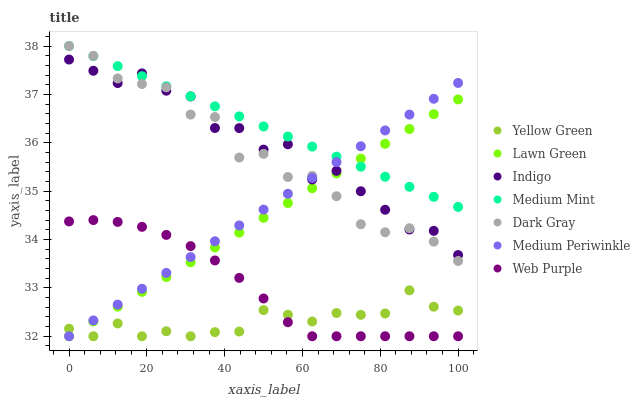
| xaxis_label | Yellow Green | Lawn Green | Indigo | Medium Mint | Dark Gray | Medium Periwinkle | Web Purple |
 | --- | --- | --- | --- | --- | --- | --- | --- |
 | 0 | 32.2 | 32 | 37.7 | 38 | 38 | 32 | 34.4 |
 | 6.25 | 32 | 32.3 | 37.5 | 37.8 | 37.8 | 32.3 | 34.4 |
 | 12.5 | 32.3 | 32.6 | 37.2 | 37.6 | 37.3 | 32.7 | 34.4 |
 | 18.8 | 32 | 32.9 | 37.4 | 37.4 | 37.2 | 33 | 34.3 |
 | 25 | 32.1 | 33.2 | 37.1 | 37.2 | 37.1 | 33.3 | 34.1 |
 | 31.2 | 32 | 33.5 | 37 | 37 | 36.6 | 33.6 | 33.9 |
 | 37.5 | 32.1 | 33.8 | 36.3 | 36.8 | 36.5 | 34 | 33.6 |
 | 43.8 | 32.1 | 34.1 | 36.3 | 36.5 | 35.7 | 34.3 | 33.2 |
 | 50 | 32.5 | 34.4 | 35.9 | 36.3 | 35.8 | 34.6 | 32.8 |
 | 56.2 | 32.4 | 34.8 | 36 | 36.1 | 35.3 | 34.9 | 32.3 |
 | 62.5 | 32.3 | 35.1 | 35.2 | 35.9 | 35.3 | 35.3 | 32 |
 | 68.8 | 32.5 | 35.4 | 35.4 | 35.7 | 34.9 | 35.6 | 32 |
 | 75 | 32.4 | 35.7 | 35 | 35.5 | 34.3 | 35.9 | 32 |
 | 81.2 | 32.5 | 36 | 34.6 | 35.3 | 34.1 | 36.3 | 32 |
 | 87.5 | 32.9 | 36.3 | 34.2 | 35.1 | 34.2 | 36.6 | 32 |
 | 93.8 | 32.6 | 36.6 | 34.2 | 34.9 | 34 | 36.9 | 32 |
 | 100 | 32.5 | 36.9 | 33.7 | 34.7 | 33.6 | 37.2 | 32 |